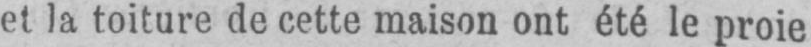
et la toiture de cette maison ont été le proie